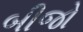
બીજો